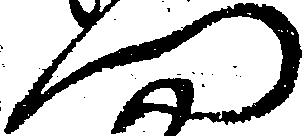
門